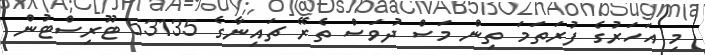
މި އަހަރުގެ ފުރަތަމަ ތިން މަސް ދުވަސް ތެރޭ ޗައިނާގެ 53135 ޓޫރިސްޓުން